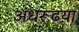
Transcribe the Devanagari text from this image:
अंधरूढय़ा